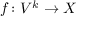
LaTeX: f \colon V ^ { k } \to X